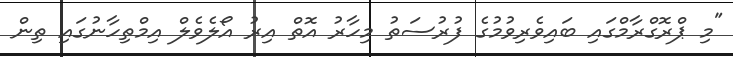
"މި ޕްރޮގްރާމްގައި ބައިވެރިވުމުގެ ފުރުސަތު މިހާރު އޮތް އިރު އޯލެވެލް އިމްތިހާނުގައި ތިން